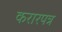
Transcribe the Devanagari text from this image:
करारपत्र